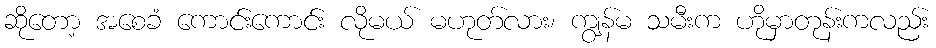
ဆိုတော့ အစေခံ ကောင်းကောင်း လိုမယ် မဟုတ်လား၊ ကျွန်မ သမီးက ဟိုမှာတုန်းကလည်း